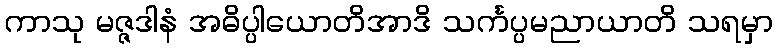
ကာသု မဇ္ဇဒါနံ အဓိပ္ပါယောတိအာဒိ သင်္ကပ္ပမညာယာတိ သရမှာ